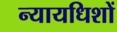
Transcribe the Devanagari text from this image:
न्यायधिशों